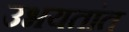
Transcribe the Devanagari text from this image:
उभयतांत